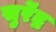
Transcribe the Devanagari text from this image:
सुर्रेंद्र